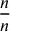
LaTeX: \frac { n } { n }